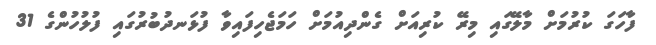
ފާހަގަ ކުރުމަށް މާލޭގައި މިރޭ ކުރިއަށް ގެންދިއުމަށް ހަމަޖެހިފައިވާ ފުޅަނދުބުރުގައި ފުލުހުންގެ 31